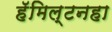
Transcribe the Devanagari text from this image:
हॅमिल्टनहा